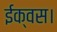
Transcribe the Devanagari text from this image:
ईक्वस।